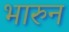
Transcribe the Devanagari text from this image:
भारुन